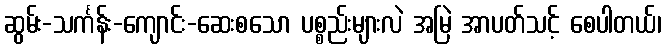
ဆွမ်း-သင်္ကန်း-ကျောင်း-ဆေးစသော ပစ္စည်းများလဲ အမြဲ အာပတ်သင့် စေပါတယ်၊